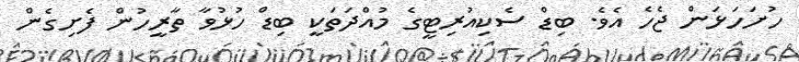
ހުށަހަޅަން ޖެހެ އެވެ. ބިޑް ސެކިއުރިޓީގެ މުއްދަތަކީ ބިޑް ހުޅުވާ ތާރީހުން ފެށިގެން